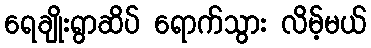
ရေချိုးရွာဆိပ် ရောက်သွား လိမ့်မယ်